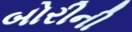
બોરીની